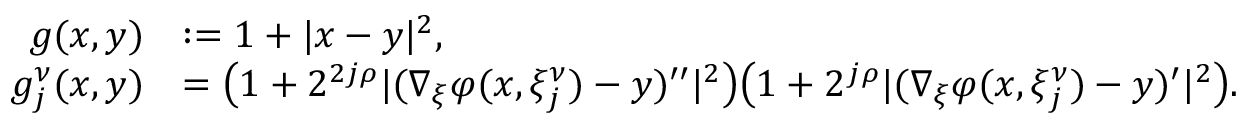
\begin{array} { r l } { g ( x , y ) } & { : = 1 + | x - y | ^ { 2 } , } \\ { g _ { j } ^ { \nu } ( x , y ) } & { = \big ( 1 + 2 ^ { 2 j \rho } | ( \nabla _ { \xi } \varphi ( x , \xi _ { j } ^ { \nu } ) - y ) ^ { \prime \prime } | ^ { 2 } \big ) \big ( 1 + 2 ^ { j \rho } | ( \nabla _ { \xi } \varphi ( x , \xi _ { j } ^ { \nu } ) - y ) ^ { \prime } | ^ { 2 } \big ) . } \end{array}